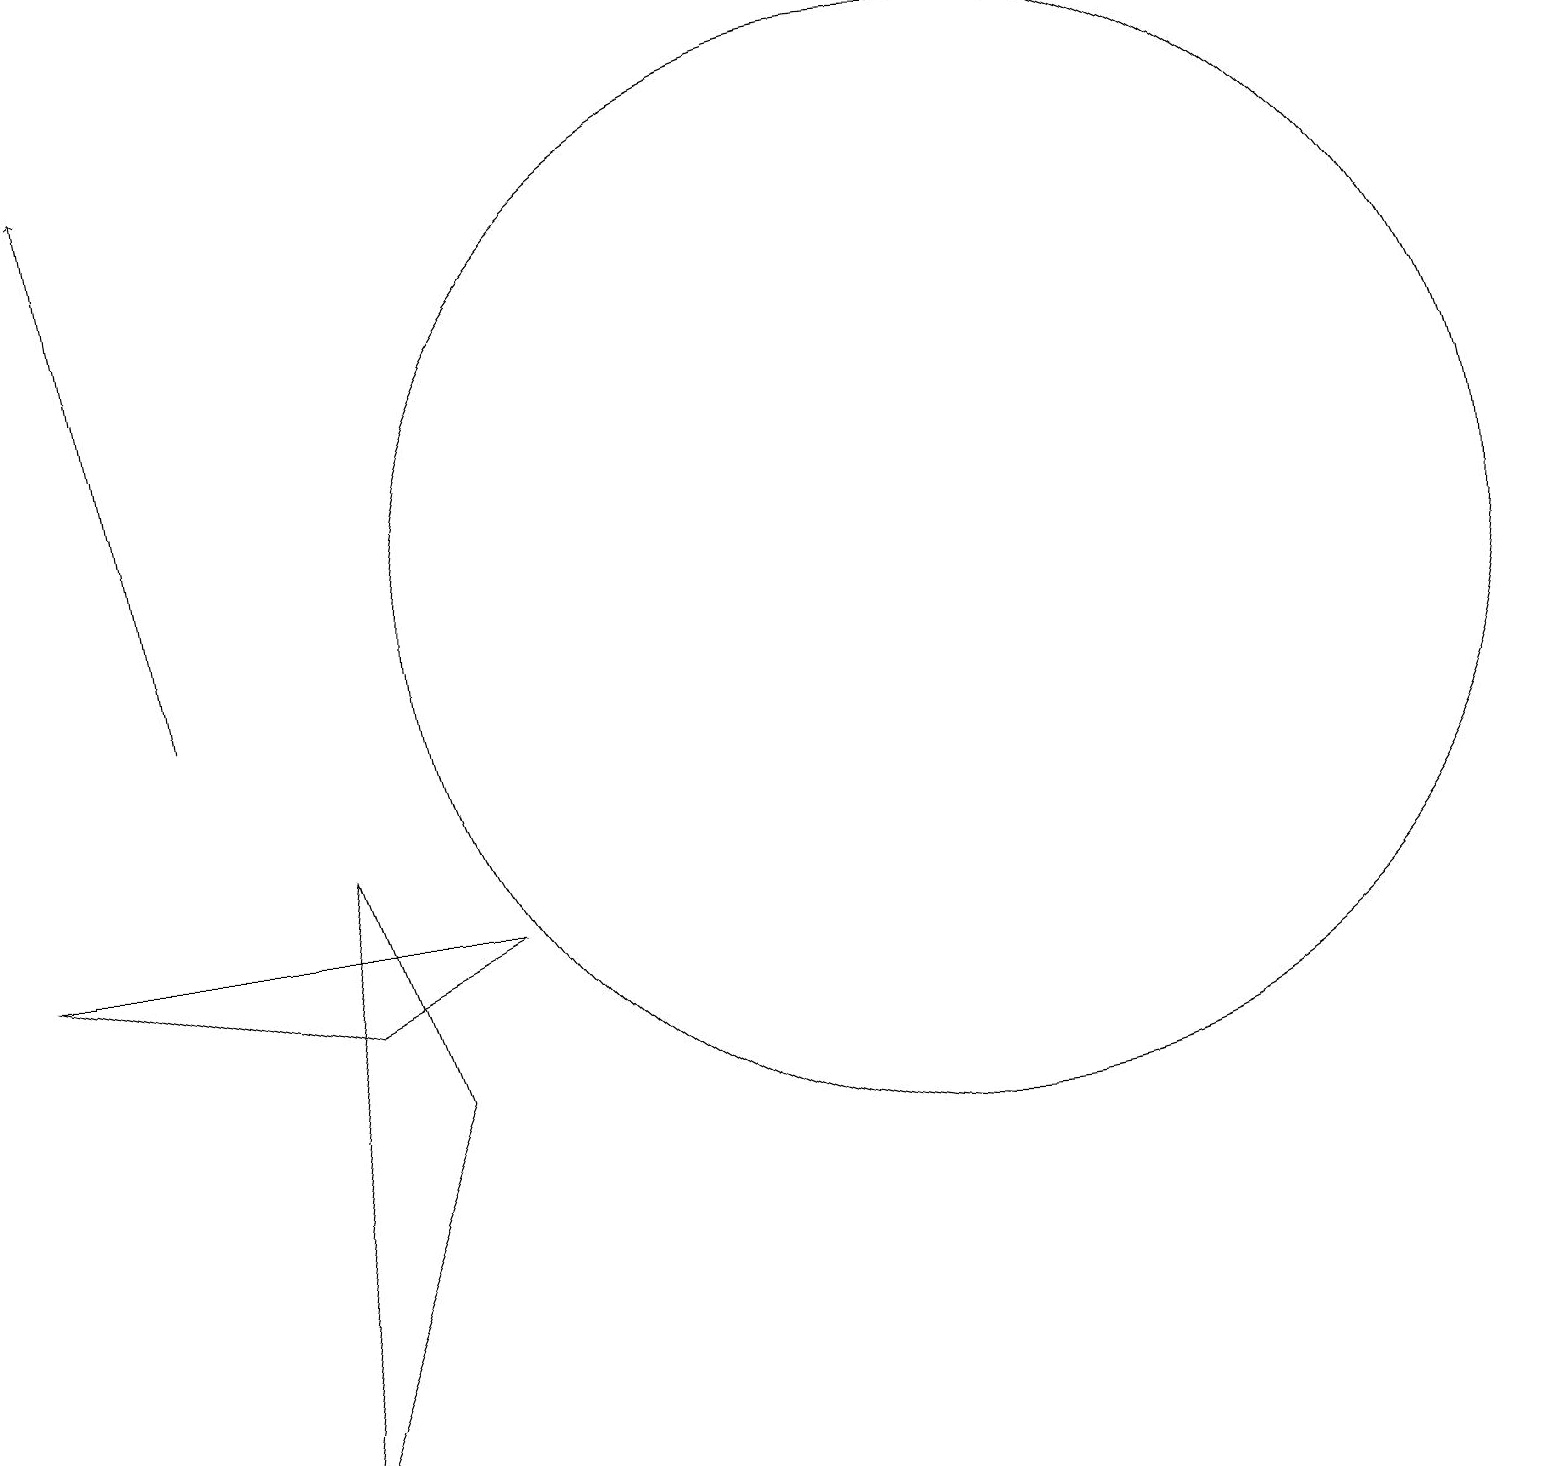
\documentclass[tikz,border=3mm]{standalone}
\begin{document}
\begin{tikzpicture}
\draw (12,11) circle (7);
\draw (6,7) -- (0,7) -- (4,6) -- cycle;
\draw[->] (2,10) -- (1,17);
\draw (3,0) -- (4,8) -- (5,5) -- cycle;
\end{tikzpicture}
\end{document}